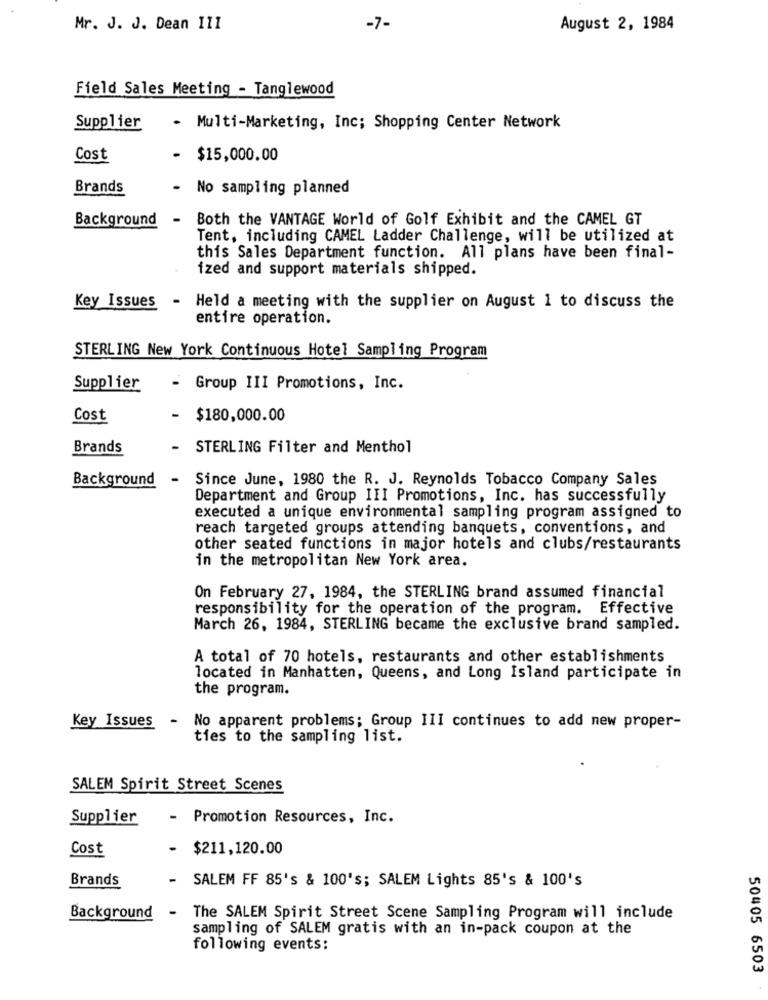
Mr. J. J. Dean III
-7-
August 2, 1984
Field Sales Meeting - Tanglewood
Supplier
- Multi-Marketing, Inc; Shopping Center Network
Cost
.
$15,000.00
Brands
-
No sampling planned
Background
Both the VANTAGE World of Golf Exhibit and the CAMEL GT
Tent, including CAMEL Ladder Challenge, will be utilized at
this Sales Department function. All plans have been final-
ized and support materials shipped.
Key Issues
- Held a meeting with the supplier on August 1 to discuss the
entire operation.
STERLING New York Continuous Hotel Sampling Program
Supplier
- Group III Promotions, Inc.
Cost
- $180,000.00
Brands
-
STERLING Filter and Menthol
Background
-
Since June, 1980 the R. J. Reynolds Tobacco Company Sales
Department and Group III Promotions, Inc. has successfully
executed a unique environmental sampling program assigned to
reach targeted groups attending banquets, conventions, and
other seated functions in major hotels and clubs/restaurants
in the metropolitan New York area.
On February 27, 1984, the STERLING brand assumed financial
responsibility for the operation of the program. Effective
March 26, 1984, STERLING became the exclusive brand sampled.
A total of 70 hotels, restaurants and other establishments
located in Manhatten, Queens, and Long Island participate in
the program.
Key Issues
-
No apparent problems; Group III continues to add new proper-
ties to the sampling list.
SALEM Spirit Street Scenes
Supplier
Promotion Resources, Inc.
Cost
$211,120.00
Brands
SALEM FF 85's & 100's; SALEM Lights 85's & 100's
Background
The SALEM Spirit Street Scene Sampling Program will include
sampling of SALEM gratis with an in-pack coupon at the
following events:
50405 6503